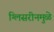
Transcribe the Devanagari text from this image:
ग्लिसरीनमुळे